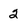
Character: 2